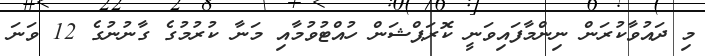
މި ދައުވާކުރަން ނިންމާފައިވަނީ ކޮރަޕްޝަން ހުއްޓުވުމާއި މަނާ ކުރުމުގެ ގާނުނުގެ 12 ވަނަ